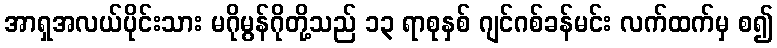
အာရှအလယ်ပိုင်းသား မဂိုမွန်ဂိုတို့သည် ၁၃ ရာစုနှစ် ဂျင်ဂစ်ခန်မင်း လက်ထက်မှ စ၍